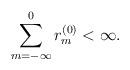
LaTeX: \begin{align*} \sum_{m=-\infty}^{0} r_m^{(0)}<\infty.\end{align*}